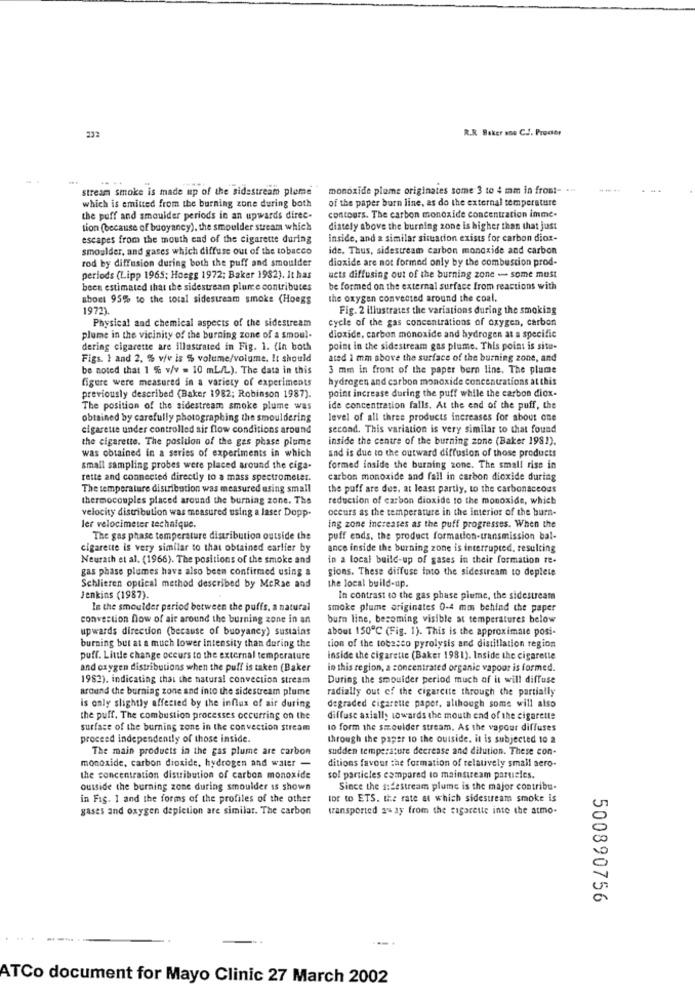
R.R. Baker ano C.J. Preder
232
-..
. ..
stream smoke is made up of the sidestream plume"
monoxide plume originates some 3 to 4 mm in front- ...
of the paper burn line, as do the external temperature
which is emitted from the burning zone during both
the puff and smoulder periods in an upwards direc-
contours. The carbon monoxide concentration imme-
tion (because of buoyancy). the smoulder stream which
diately above the burning zone is higher than that just
escapes from the mouth cad of the cigarette during
inside, and a similar situation exists for carbon dior-
smoulder, and gases which diffuse out of the tobacco
ide. Thus, sidestream carbon monoxide and carbon
rod by diffusion during both the puff and smoulder
dioxide are not formed only by the combustion prod-
periods (Lipp 1965; Hoegg 1972; Baker 1982). It has
ucts diffusing out of the burning zone - some must
been estimated that the sidestream plume contributes
be formed on the external surface from reactions with
about 95% to the total sidestream smoke (Hoegs
the oxygen convected around the coal.
1972).
Fig. 2 illustrates the variations during the smoking
Physical and chemical aspects of the sidestream
cycle of the gas concentrations of oxygen, carbon
plume in the vicinity of the burning zone of a smoul-
dioxide, carbon monoxide and hydrogen at a specific
dering cigarette are illustrated in Fig. 1. (In both
point in the sidestream gas plume. This point is situ-
Figs. 1 and 2. % v/v is % volume/volume. It should
ated 1 mm above the surface of the burning zone, and
be noted that 1 % v/v = 10 mL/L). The data in this
3 mm in front of the paper burn line. The plume
figure were measured in a variety of experiments
hydrogen and carbon monoxide concentrations at this
point increase during the puff while the carbon diox-
previously described (Baker 1982; Robinson 1987).
The position of the sidestream smoke plume was
ide concentration falls. At the end of the puff, the
obtained by carefully photographing the smouldering
level of all three products increases for about one
cigarette under controlled air flow conditions around
second. This variation is very similar to that found
the cigarette. The position of the gas phase plume
inside the centre of the burning zone (Baker 1981).
was obtained in a series of experiments in which
and is due to the outward diffusion of those products
small sampling probes were placed around the ciga-
formed inside the burning zone. The small rise in
rette and connected directly to a mass spectrometer.
carbon monoxide and fall in carbon dioxide during
The temperature distribution was measured using small
the puff are due, at least partly, to the carbonaceous
thermocouples placed around the burning zone. The
reduction of carbon dioxide to the monoxide, which
velocity distribution was measured using a laser Dopp-
occurs as the temperature in the interior of the burn-
ler velocimeter technique.
ing zone increases as the puff progresses. When the
The gas phase temperature distribution outside the
puff ends. the product formation-transmission bal-
cigarette is very similar to that obtained earlier by
ance inside the burning zone is interrupted, resulting
Neurath et al. (1966). The positions of the smoke and
in a local build-up of gases in their formation re-
gas phase plumes have also been confirmed using a
gions. These diffuse into the sidestream to deplete
Schlieren optical method described by McRae and
the local build-up.
Jenkins (1987).
In contrast to the gas phase plume, the sidestream
In the smoulder period between the puffs, a natural
smoke plume originates 0-4 mm behind the paper
convection how of ale around the burning zone in an
burn line, becoming visible at temperatures below
upwards direction (because of buoyancy) sustains
about 150℃ (Fig. 1). This is the approximate posi-
burning but at a much lower intensity than during the
tion of the tobacco pyrolysis and distillation region
puff. Little change occurs to the external temperature
inside the cigarette (Baker 1981). Inside the cigarette
and oxygen distributions when the puff is taken (Baker
in this region, a concentrated organic vapoor is formed.
1982), indicating that the natural convection stream
During the smouider period much of it will diffuse
around the burning zone and into the sidestream plume
radially out of the cigarette through the partially
is only slightly affected by the influx of air during
degraded cigarette paper, although some will also
the puff. The combustion processes occurring on the
diffuse axially towards the mouth end of the cigarette
surface of the burning zone in the convection stream
to form the smoulder stream. As the vapour diffuses
proceed independently of those inside.
through the paper to the outside. it is subjected 10 2
The main products in the gas plume are carbon
sudden temperature decrease and dilution. These con-
monoxide, carbon dioxide, hydrogen and water -
ditions favour the formation of relatively small aero-
the concentration distribution of carbon monoxide
sol particles compared to mainstream partieles.
outside the burning zone during smoulder ss shown
Since the s:festream plume is the major contribu-
in Fig. 1 and the forms of the profiles of the other
tor to ETS. the rate at which sidestream smoke is
gases and oxygen depiction are similar. The carbon
transported 34 ay from the cigarette inte the atmo-
500890756
ATCo document for Mayo Clinic 27 March 2002